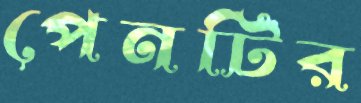
পেনটির